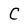
Character: C